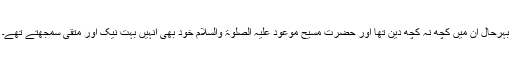
بہرحال ان میں کچھ نہ کچھ دین تھا اور حضرت مسیح موعود علیہ الصلوٰۃ والسلام خود بھی انہیں بہت نیک اور متقی سمجھتے تھے۔